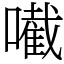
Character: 𡁶